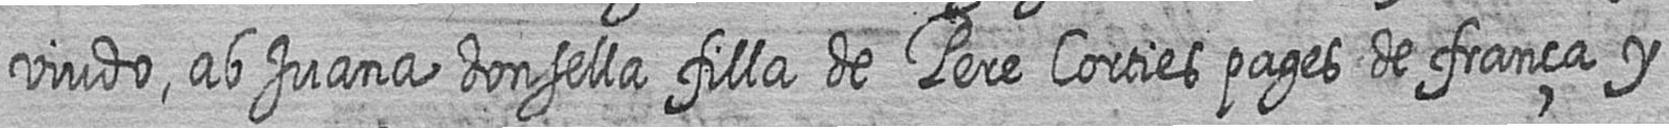
viudo ab Juana donsella filla de Pere Corties pages de frança y